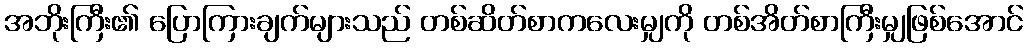
အဘိုးကြီး၏ ပြောကြားချက်များသည် တစ်ဆိတ်စာကလေးမျှကို တစ်အိတ်စာကြီးမျှဖြစ်အောင်